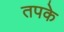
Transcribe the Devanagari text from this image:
तपके